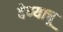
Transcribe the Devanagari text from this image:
देण्याचू